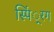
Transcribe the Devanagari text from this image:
स्पिं्रग